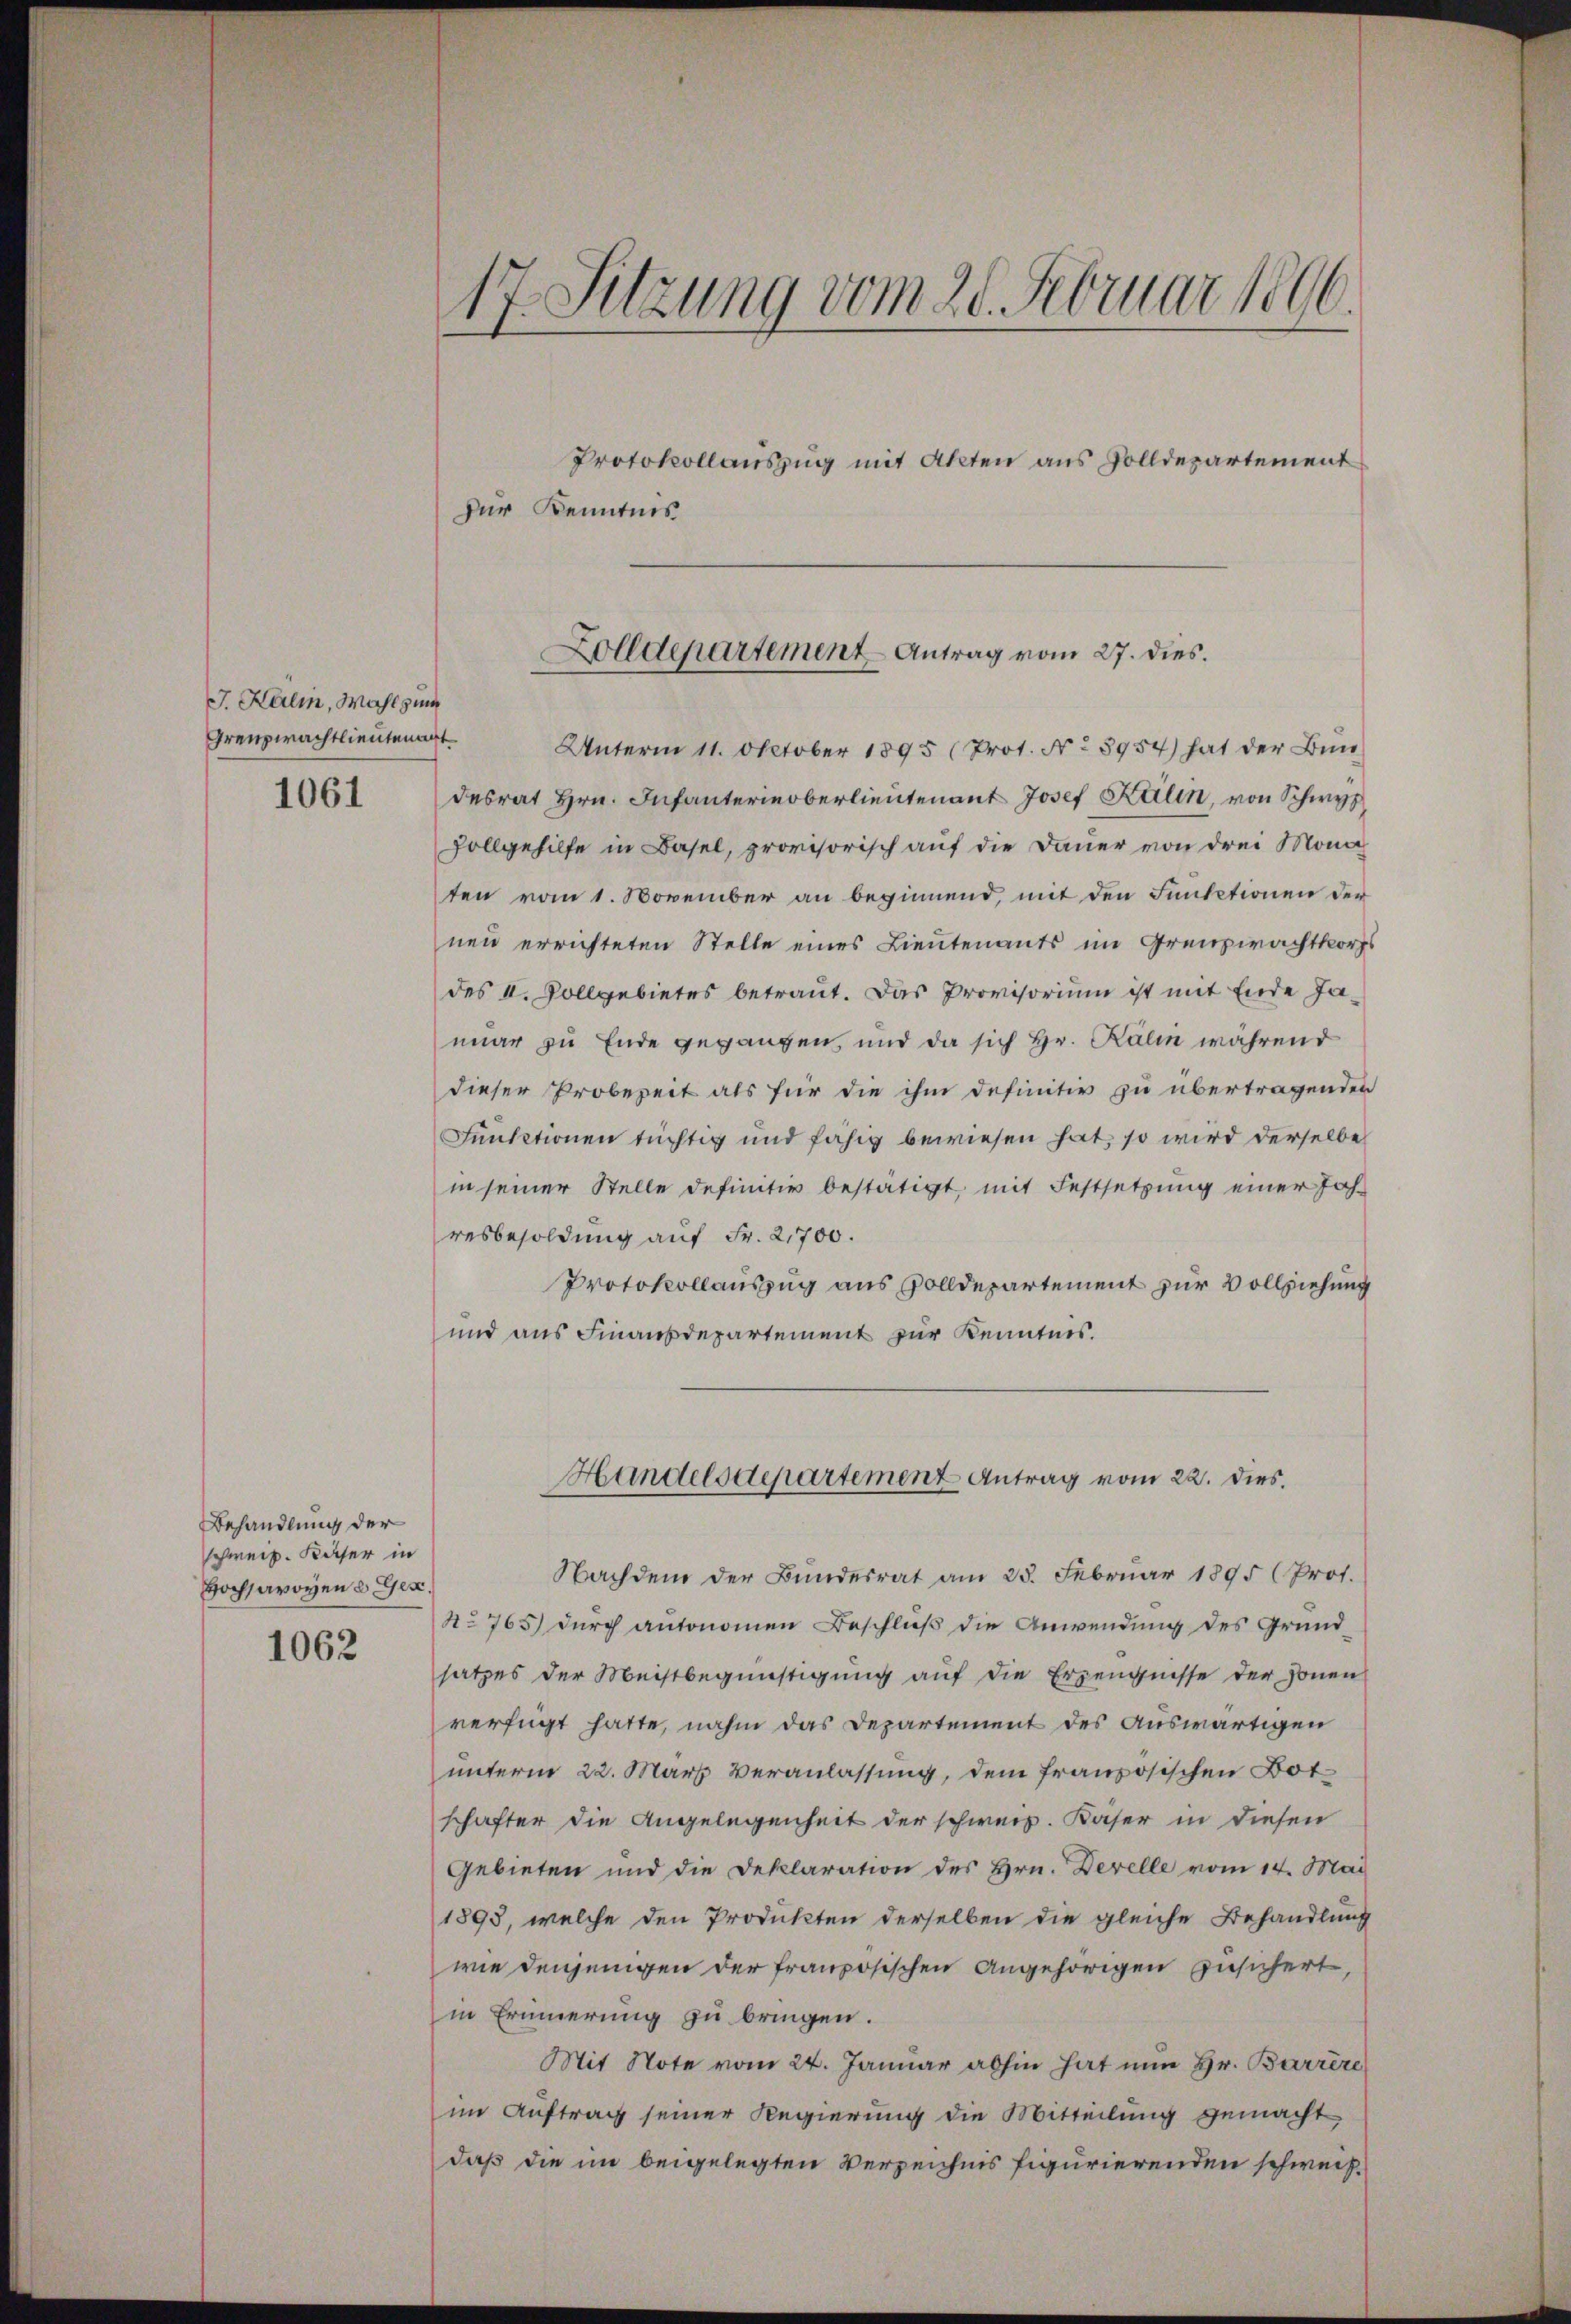
J. Kalin, Wahl zum
Grenzwachtlieutenant
1061

Behandlung der
schweiz. Kaser in
Hochsavoyen d. Ges.
1062

Unterm 11. October 1895 (Prot. No 5954) hat der Bundesrat Hrn. Infanterinoberlieutenant Josef Kalin, von Schwyz
Zollgehilfe in Basel, provisorisch auf die Dauer von drei Mona
ten vom 1. November an beginnend, mit den Funktionen der
neu errichteten Stelle eines Lieutenants im Grenzwachtkorps
des II. Vollgebietes betraut. Das Provisorium ist mit Ende Jamar zu Ende gegangen, und da sich Hr. Kälin während
dieser Probezeit als für die ihm definitiv zu übertragenden
Funktionen tüchtig und fähig bewiesen hat, so wird derselbe
in seiner Stelle definitiv bestätigt, mit Festsetzung einer Jahresbesoldung auf Fr. 2,700.
Protokollauszug aus Zolldepartement zur Vollziehung
und aus Finanzdepartement zur Kenntnis.
Hundelsdepartement Antrag vom 22. dies.
Nachdem der Bundesrat am 25. Februar 1895 (Prof.
No 765 durch autonomen Beschluß die Anwendung des Grundsatzes der Meistbegünstigung auf die Erzeugnisse der Jonen
verfügt hatte, nahm das Departement des Auswärtigen
unterm 22. März veranlassung, dem französischen Bot
schafter die Angelegenheit der schweiz. Käser in diesen
Gebieten und die Deklaration des Hrn. Derelle vom 14. Mai
1893, welche den Produkten derselben die gleiche Behandlung
wie denjenigen der französischen Angehörigen zusichert,
in Erinnerung zu bringen.
Mit Note vom 24. Januar abhin hat nun Hr. Barrire
im Auftrag seiner Regierung die Mitteilung gemacht
daß die im beigelegten Verzeichnis figurierenden schweiz¬

17. Sitzung vom 20. Februar 1896.
Protokollauszug mit Akten aus Zolldepartement
Zur Kenntnis

Zolldepartement Antrag vom 27. dies.